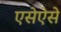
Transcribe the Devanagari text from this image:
एसेऐसे